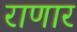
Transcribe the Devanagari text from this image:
राणार